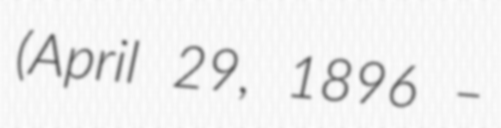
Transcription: (April 29, 1896 –